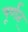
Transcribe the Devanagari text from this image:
पूर्णत्